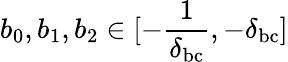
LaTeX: b_{0},b_{1},b_{2}\in[-\frac{1}{\delta_{\mathrm{bc}}},-\delta_{\mathrm{bc}}]